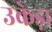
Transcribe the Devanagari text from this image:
उकेड़ा